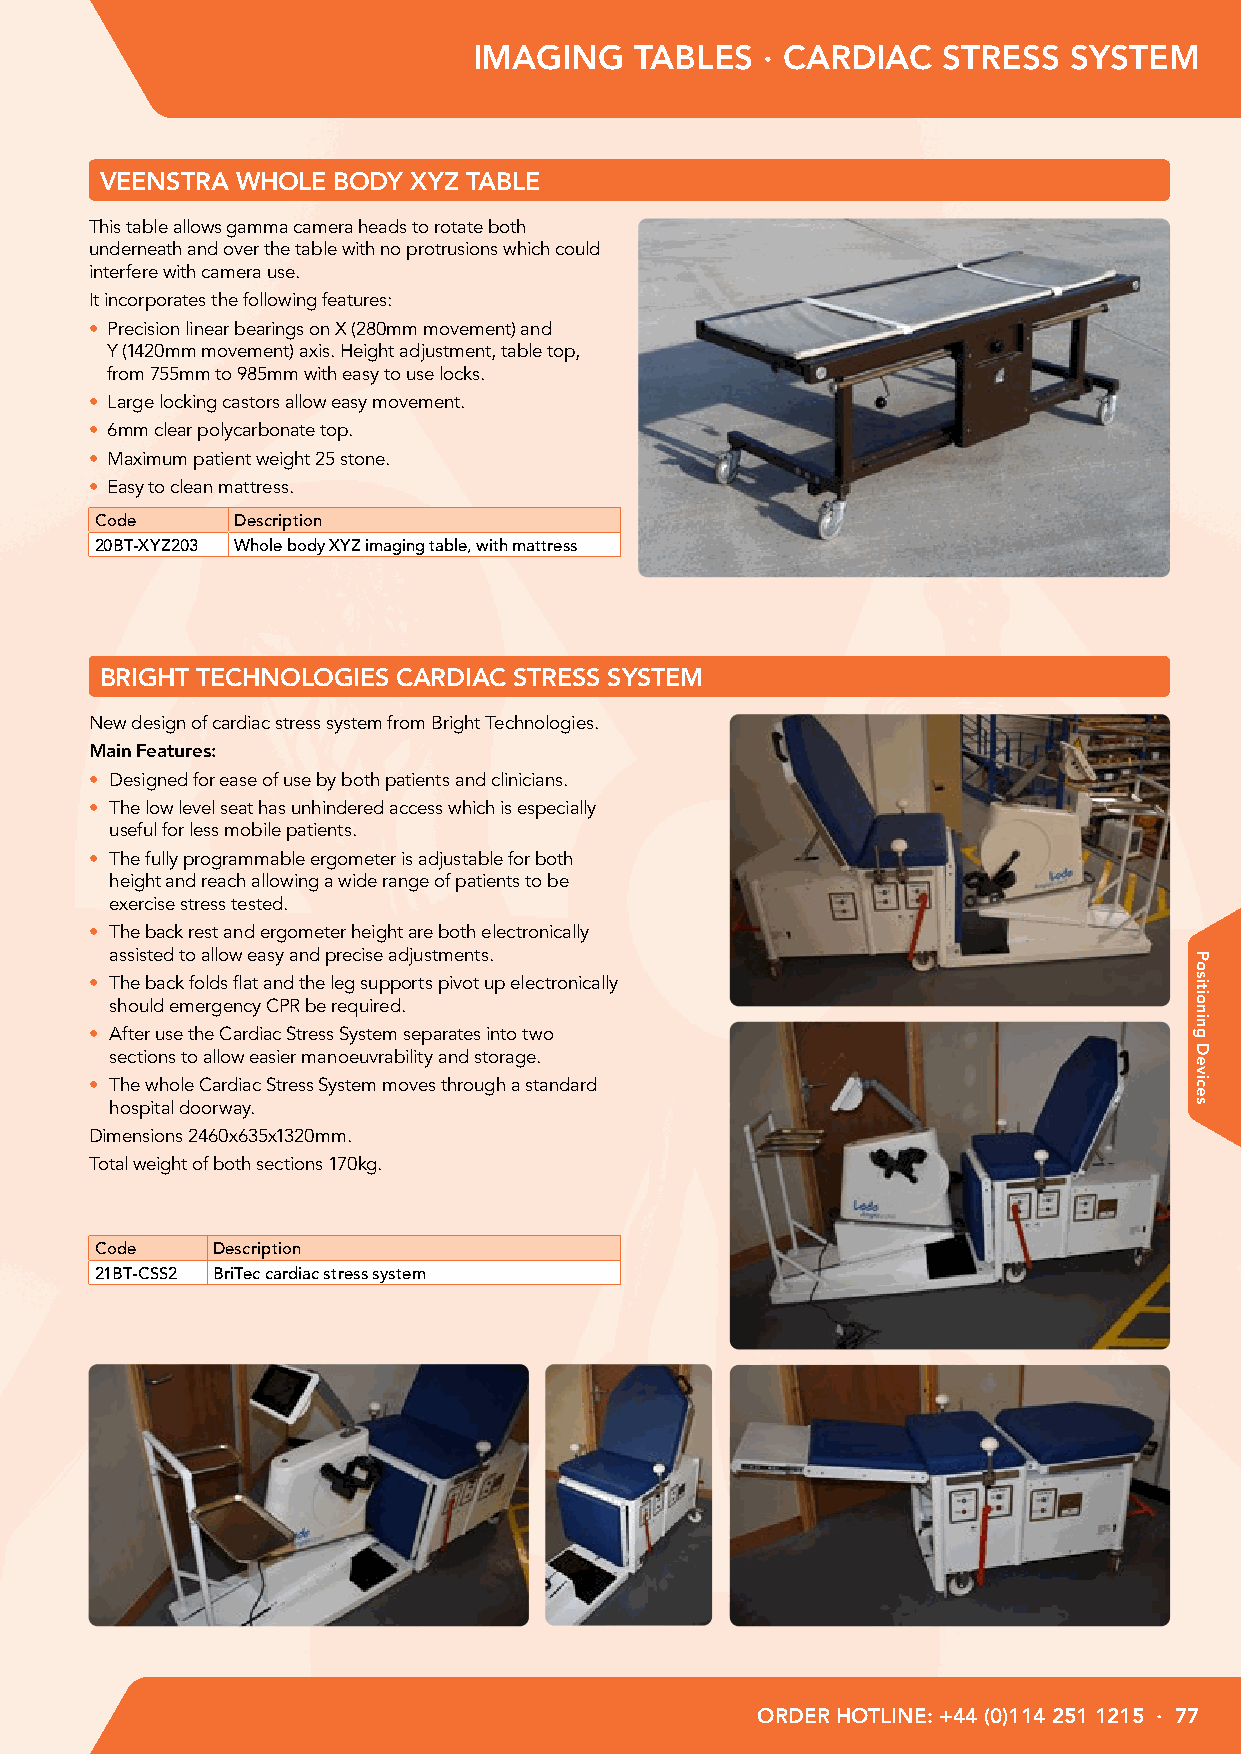
IMAGING    TABLES  · CARDIAC   STRESS   SYSTEM
 VEENSTRA WHOLE BODY XYZ TABLE
 This table allows gamma camera heads to rotate both
 underneath and over the table with no protrusions which could
 interfere with camera use.
 It incorporates the following features:
 • Precision linear bearings on X (280mm movement) and
 Y (1420mm movement) axis. Height adjustment, table top,
 from 755mm to 985mm with easy to use locks.
 • Large locking castors allow easy movement.
 • 6mm clear polycarbonate top.
 • Maximum patient weight 25 stone.
 • Easy to clean mattress.
 Code     Description
 20BT-XYZ203 Whole body XYZ imaging table, with mattress
 BRIGHT TECHNOLOGIES CARDIAC STRESS SYSTEM
 New design of cardiac stress system from Bright Technologies.
 Main Features:
 • Designed for ease of use by both patients and clinicians.
 • The low level seat has unhindered access which is especially
 useful for less mobile patients.
 • The fully programmable ergometer is adjustable for both
 height and reach allowing a wide range of patients to be
 exercise stress tested.
 • The back rest and ergometer height are both electronically
 assisted to allow easy and precise adjustments.
 • The back folds flat and the leg supports pivot up electronically
 should emergency CPR be required.
 • After use the Cardiac Stress System separates into two
 sections to allow easier manoeuvrability and storage.
 • The whole Cardiac Stress System moves through a standard
 hospital doorway.
 Dimensions 2460x635x1320mm.
 Total weight of both sections 170kg.
 Code    Description
 21BT-CSS2 BriTec cardiac stress system
 ORDER HOTLINE: +44 (0)114 251 1215 · 77
 Positioning
 Devices